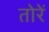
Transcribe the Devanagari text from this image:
तोरें